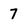
Character: 7